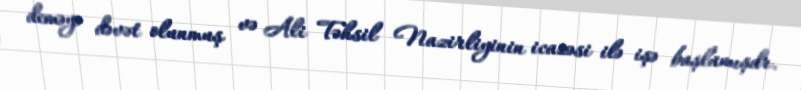
deməyə dəvət olunmuş və Ali Təhsil Nazirliyinin icazəsi ilə işə başlamışdr.